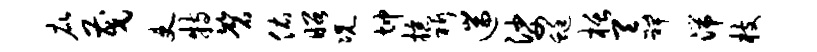
庇茂吏特磬佑昭况坤掠祈遄娑蜓栝吞裨湍枝